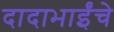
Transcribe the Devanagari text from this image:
दादाभाईंचे